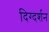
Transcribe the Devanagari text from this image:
दिग्‍दर्शन